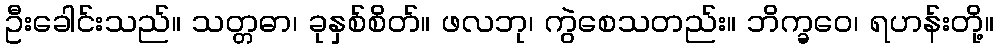
ဦးခေါင်းသည်။ သတ္တဓာ၊ ခုနှစ်စိတ်။ ဖလဘု၊ ကွဲစေသတည်း။ ဘိက္ခဝေ၊ ရဟန်းတို့။